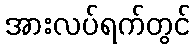
အားလပ်ရက်တွင်